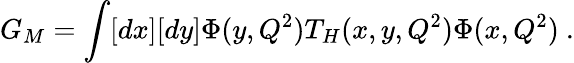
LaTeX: G_{M}=\int[dx][dy]\Phi(y,Q^{2})T_{H}(x,y,Q^{2})\Phi(x,Q^{2})\ .